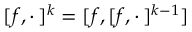
[ f , \cdot \, ] ^ { k } = [ f , [ f , \cdot \, ] ^ { k - 1 } ]